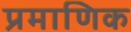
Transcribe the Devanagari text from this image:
प्रमाणिक